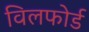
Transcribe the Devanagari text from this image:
विलफोर्ड